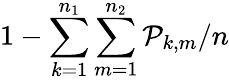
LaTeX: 1-\sum_{k=1}^{n_{1}}\sum_{m=1}^{n_{2}}\mathcal{P}_{k,m}/n